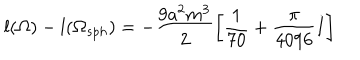
LaTeX: l ( \Omega ) - l ( \Omega _ { s p h } ) = - \frac { 9 a ^ { 2 } m ^ { 3 } } { 2 } \left[ \frac { 1 } { 7 0 } + \frac { \pi } { 4 0 9 6 } I \right]